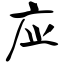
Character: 应